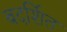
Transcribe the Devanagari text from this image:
बदर्शित